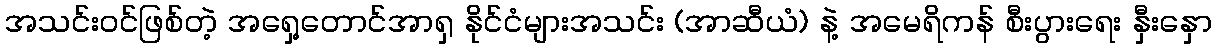
အသင်းဝင်ဖြစ်တဲ့ အရှေ့တောင်အာရှ နိုင်ငံများအသင်း (အာဆီယံ) နဲ့ အမေရိကန် စီးပွားရေး နှီးနှော